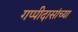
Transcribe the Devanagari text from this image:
गप्पीदासांच्या